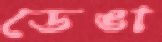
ডেঙা